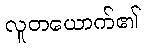
လူတယောက်၏